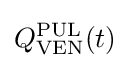
Q_{\mathrm {VEN} }^{\mathrm {PUL} }(t)